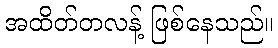
အထိတ်တလန့် ဖြစ်နေသည်။